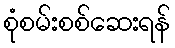
စုံစမ်းစစ်ဆေးရန်